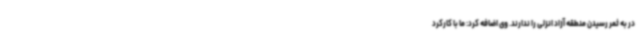
در به ثمر رسیدن منطقه آزاد انزلی را ندارند. وی اضافه کرد: ما با کارکرد